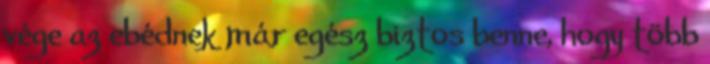
vége az ebédnek már egész biztos benne, hogy több